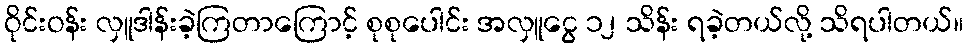
ဝိုင်းဝန်း လှူဒါန်းခဲ့ကြတာကြောင့် စုစုပေါင်း အလှူငွေ ၁၂ သိန်း ရခဲ့တယ်လို့ သိရပါတယ်။